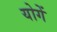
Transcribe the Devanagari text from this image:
योगें